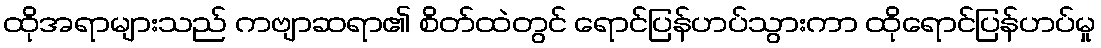
ထိုအရာများသည် ကဗျာဆရာ၏ စိတ်ထဲတွင် ရောင်ပြန်ဟပ်သွားကာ ထိုရောင်ပြန်ဟပ်မှု